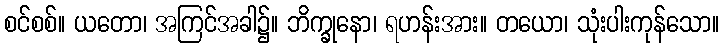
စင်စစ်။ ယတော၊ အကြင်အခါ၌။ ဘိက္ခုနော၊ ရဟန်းအား။ တယော၊ သုံးပါးကုန်သော။